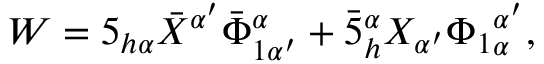
W = 5 _ { h \alpha } \bar { X } ^ { \alpha ^ { \prime } } \bar { \Phi } _ { 1 \alpha ^ { \prime } } ^ { \alpha } + \bar { 5 } _ { h } ^ { \alpha } X _ { \alpha ^ { \prime } } { \Phi _ { 1 } } _ { \alpha } ^ { \alpha ^ { \prime } } ,